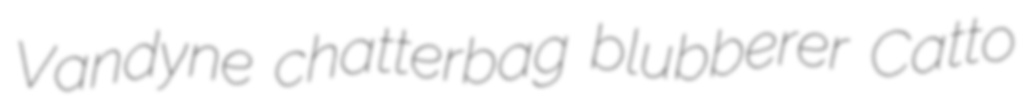
Vandyne chatterbag blubberer Catto